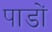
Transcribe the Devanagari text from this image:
पाडों